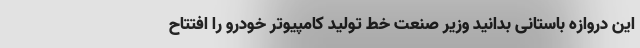
این دروازه باستانی بدانید وزیر صنعت خط تولید کامپیوتر خودرو را افتتاح